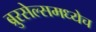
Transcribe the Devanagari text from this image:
ब्रुरसेल्समध्येच